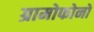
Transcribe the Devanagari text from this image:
ग्रामोफोनों